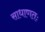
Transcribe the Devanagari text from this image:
साधाणतः